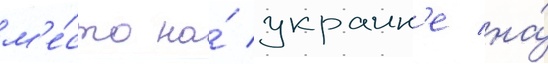
м'е́сто на́ украин'е на́